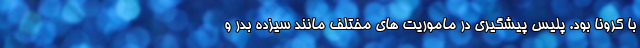
با کرونا بود. پلیس پیشگیری در ماموریت های مختلف مانند سیزده بدر و